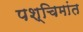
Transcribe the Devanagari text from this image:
पश्चिमांत